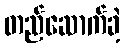
တည်ဆောက်ခဲ့